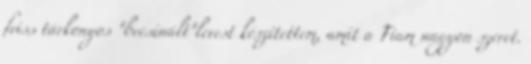
friss tárkonyos "becsinált"levest készítettem, amit a Fiam nagyon szeret.